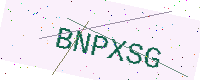
Text: BNPXSG